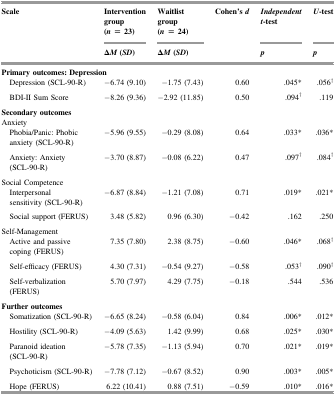
<table><thead><tr><td rowspan="2"><b>Scale</b></td><td><b>Intervention group (<i>n</i> = 23)</b></td><td><b>Waitlist group (<i>n</i> = 24)</b></td><td rowspan="2"><b>Cohen&#x27;s <i>d</i></b></td><td><b><i>Independent t</i>-test</b></td><td><b><i>U</i>-test</b></td></tr><tr><td><b>Δ<i>M</i> (<i>SD</i>)</b></td><td><b>Δ<i>M</i> (<i>SD</i>)</b></td><td><b><i>p</i></b></td><td><b><i>p</i></b></td></tr></thead><tbody><tr><td colspan="6"><b>Primary outcomes: Depression</b></td></tr><tr><td> Depression (SCL-90-R)</td><td>−6.74 (9.10)</td><td>−1.75 (7.43)</td><td>0.60</td><td>.045*</td><td>.056<sup>†</sup></td></tr><tr><td> BDI-II Sum Score</td><td>−8.26 (9.36)</td><td>−2.92 (11.85)</td><td>0.50</td><td>.094<sup>†</sup></td><td>.119</td></tr><tr><td colspan="6"><b>Secondary outcomes</b></td></tr><tr><td colspan="6">Anxiety</td></tr><tr><td> Phobia/Panic: Phobic anxiety (SCL-90-R)</td><td>−5.96 (9.55)</td><td>−0.29 (8.08)</td><td>0.64</td><td>.033*</td><td>.036*</td></tr><tr><td> Anxiety: Anxiety (SCL-90-R)</td><td>−3.70 (8.87)</td><td>−0.08 (6.22)</td><td>0.47</td><td>.097<sup>†</sup></td><td>.084<sup>†</sup></td></tr><tr><td colspan="6">Social Competence</td></tr><tr><td> Interpersonal sensitivity (SCL-90-R)</td><td>−6.87 (8.84)</td><td>−1.21 (7.08)</td><td>0.71</td><td>.019*</td><td>.021*</td></tr><tr><td> Social support (FERUS)</td><td>3.48 (5.82)</td><td>0.96 (6.30)</td><td>−0.42</td><td>.162</td><td>.250</td></tr><tr><td colspan="6">Self-Management</td></tr><tr><td> Active and passive coping (FERUS)</td><td>7.35 (7.80)</td><td>2.38 (8.75)</td><td>−0.60</td><td>.046*</td><td>.068<sup>†</sup></td></tr><tr><td> Self-efficacy (FERUS)</td><td>4.30 (7.31)</td><td>−0.54 (9.27)</td><td>−0.58</td><td>.053<sup>†</sup></td><td>.090<sup>†</sup></td></tr><tr><td> Self-verbalization (FERUS)</td><td>5.70 (7.97)</td><td>4.29 (7.75)</td><td>−0.18</td><td>.544</td><td>.536</td></tr><tr><td colspan="6"><b>Further outcomes</b></td></tr><tr><td> Somatization (SCL-90-R)</td><td>−6.65 (8.24)</td><td>−0.58 (6.04)</td><td>0.84</td><td>.006*</td><td>.012*</td></tr><tr><td> Hostility (SCL-90-R)</td><td>−4.09 (5.63)</td><td>1.42 (9.99)</td><td>0.68</td><td>.025*</td><td>.030*</td></tr><tr><td> Paranoid ideation (SCL-90-R)</td><td>−5.78 (7.35)</td><td>−1.13 (5.94)</td><td>0.70</td><td>.021*</td><td>.019*</td></tr><tr><td> Psychoticism (SCL-90-R)</td><td>−7.78 (7.12)</td><td>−0.67 (8.52)</td><td>0.90</td><td>.003*</td><td>.005*</td></tr><tr><td> Hope (FERUS)</td><td>6.22 (10.41)</td><td>0.88 (7.51)</td><td>−0.59</td><td>.010*</td><td>.016*</td></tr></tbody></table>